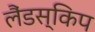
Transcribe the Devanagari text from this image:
लैंडस्किप